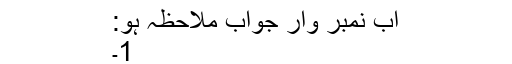
اب نمبر وار جواب ملاحظہ ہو:
1۔